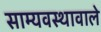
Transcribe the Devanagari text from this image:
साम्यवस्थावाले